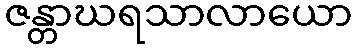
ဇန္တာဃရသာလာယော